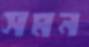
সমন